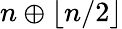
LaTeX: n\oplus\lfloor n/2\rfloor